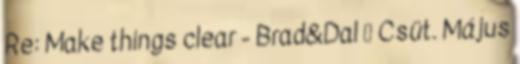
Re: Make things clear - Brad&Dal ₰ Csüt. Május